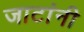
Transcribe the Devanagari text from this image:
जाटांनी